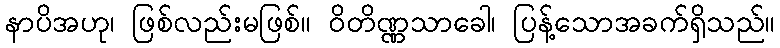
နာပိအဟု၊ ဖြစ်လည်းမဖြစ်။ ဝိတိဏ္ဏသာခေါ၊ ပြန့်သောအခက်ရှိသည်။